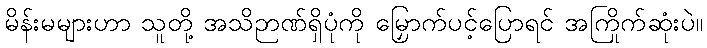
မိန်းမများဟာ သူတို့ အသိဉာဏ်ရှိပုံကို မြှောက်ပင့်ပြောရင် အကြိုက်ဆုံးပဲ။